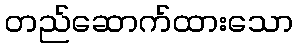
တည်ဆောက်ထားသော